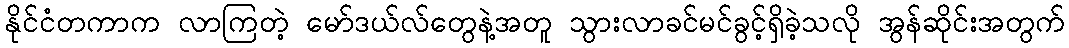
နိုင်ငံတကာက လာကြတဲ့ မော်ဒယ်လ်တွေနဲ့အတူ သွားလာခင်မင်ခွင့်ရှိခဲ့သလို အွန်ဆိုင်းအတွက်